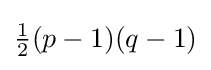
{\tfrac {1}{2}}(p-1)(q-1)